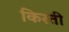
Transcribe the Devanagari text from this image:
किस्‍ती